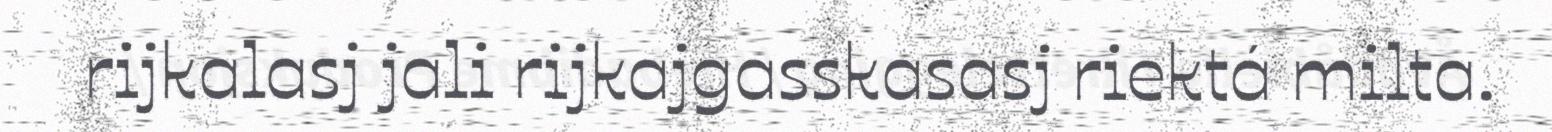
rijkalasj jali rijkajgasskasasj riektá milta.